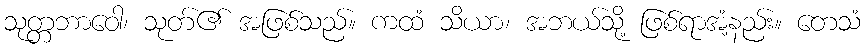
သုတ္တဘာဝေါ၊ သုတ်၏ အဖြစ်သည်။ ကထံ သိယာ၊ အဘယ်သို့ ဖြစ်ရာအံ့နည်း။ တေသံ